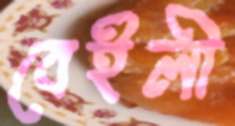
বেইলী